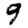
Digit: 9